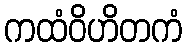
ကထံဝိဟိတကံ